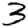
Digit: 3